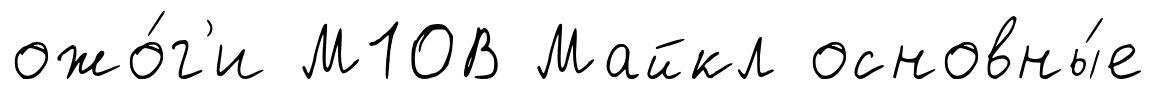
ожо́г'и М10В Майкл основны́е